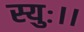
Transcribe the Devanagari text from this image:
स्युः।।